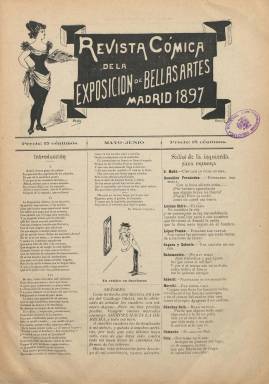
Título: Revista cómica de la Exposición de Bellas Artes Madrid 1897
Colección: Arte || Revistas satíricas y humorísticas
Ámbito geográfico: Madrid
Lugar de publicación: Madrid
Fechas: 01/05/1897-30/06/1897

Número único, en una entrega de ocho páginas, compuestas a tres columnas, las últimas dos con inserciones publicitarias, en el que se cometan una serie de producciones artísticas presentadas en la Exposición de Bellas Artes de Madrid, celebrada en 1897. La entrega no está secuenciada, pero lleva como fecha mayo-junio de ese año, y está estampada en el madrileño Establecimiento Tipográfico de Idamor Moreno. Los textos escritos con estilo jocoso y en verso van encabezados con el nombre de cada artista. También aparecen caricaturas de algunos de ellos y otros dibujos relativos a la exposición, entre los que se encuentran los nombres de Sorolla, Bilbao, García Ramos, Simonet, Luis Álvarez, Villegas, Pradilla, Querol, Inurria, Moreno Carbonero y Benlliure. Tanto la introducción como el epílogo están firmados con el seudónimo El Diablo Cojuelo y algunas caricaturas con la inicial A, que puede corresponder al seudónimo Araña que aparece bajo el grabado en el que va inserta la cabecera del título. El autor indica que abierta la exposición “yo no me privo de escribir impresiones” de la misma, que lo hace a través de las diferentes salas en las que están colocadas las obras artísticas. Ese mismo año se publicó un Catálogo satírico, escrito por El Sastre del Campillo, con similar estructura narrativa.